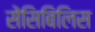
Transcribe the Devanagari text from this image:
सेंसिबिलिस